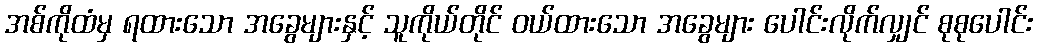
အစ်ကိုထံမှ ရထားသော အခွေများနှင့် သူကိုယ်တိုင် ဝယ်ထားသော အခွေများ ပေါင်းလိုက်လျှင် စုစုပေါင်း